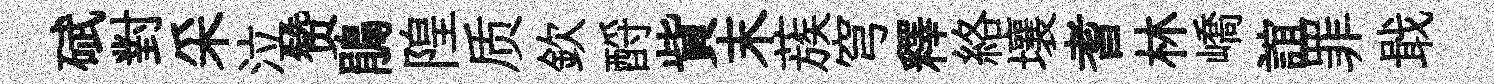
碔對采泣赞鵑隍质欽酹貲末蔟穹釋絡壤耆林嶠誼罪戢